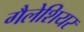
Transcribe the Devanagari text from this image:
गैलेशियर